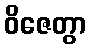
ဝိဇေတွာ